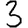
Digit: 3